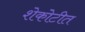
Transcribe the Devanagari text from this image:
शेकोटीत